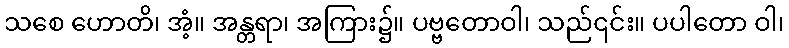
သစေ ဟောတိ၊ အံ့။ အန္တရာ၊ အကြား၌။ ပဗ္ဗတောဝါ၊ သည်၎င်း။ ပပါတော ဝါ၊